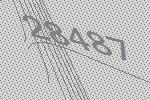
28487